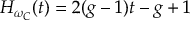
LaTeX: H _ { \omega _ { C } } ( t ) = 2 ( g - 1 ) t - g + 1